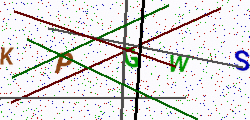
Text: KPGWS